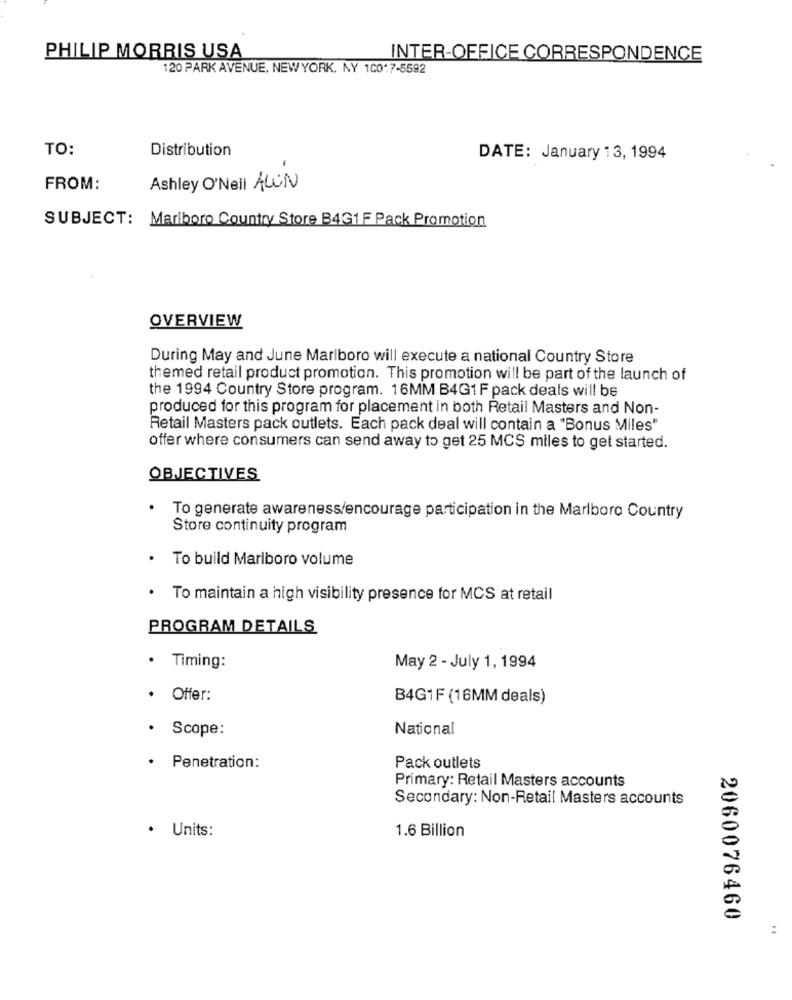
PHILIP MORRIS USA
INTER-OFFICE CORRESPONDENCE
120 PARK AVENUE, NEWYORK, NY 100.7-5592
TO:
Distribution
DATE: January 13, 1994
FROM:
Ashley O'Nell ALLIN
SUBJECT: Marlboro Country Store B4G1 F Pack Promotion
OVERVIEW
During May and June Marlboro will execute a national Country Store
themed retail product promotion. This promotion will be part of the launch of
the 1994 Country Store program. 16MM B4G1F pack deals will be
produced for this program for placement in both Retail Masters and Non-
Retail Masters pack outlets. Each pack deal will contain a "Bonus Miles"
offer where consumers can send away to get 25 MCS miles to get started.
OBJECTIVES
To generate awareness/encourage participation in the Marlboro Country
Store continuity program
To build Marlboro volume
To maintain a high visibility presence for MCS at retail
PROGRAM DETAILS
· Timing:
May 2 - July 1, 1994
· Offer:
B4G1F (16MM deals)
National
Scope:
· Penetration:
Pack outlets
Primary: Retail Masters accounts
Secondary: Non-Retail Masters accounts
Units:
1.6 Billion
2060076460